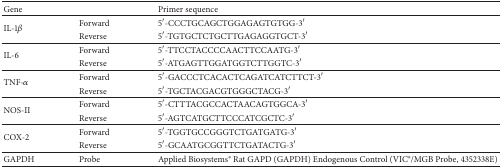
<table><thead><tr><td><b>Gene</b></td><td><b> </b></td><td><b>Primer sequence</b></td></tr></thead><tbody><tr><td rowspan="2">IL-1<i>β</i></td><td>Forward</td><td>5′-CCCTGCAGCTGGAGAGTGTGG-3′</td></tr><tr><td>Reverse</td><td>5′-TGTGCTCTGCTTGAGAGGTGCT-3′</td></tr><tr><td rowspan="2">IL-6</td><td>Forward</td><td>5′-TTCCTACCCCAACTTCCAATG-3′</td></tr><tr><td>Reverse</td><td>5′-ATGAGTTGGATGGTCTTGGTC-3′</td></tr><tr><td rowspan="2">TNF-<i>α</i></td><td>Forward</td><td>5′-GACCCTCACACTCAGATCATCTTCT-3′</td></tr><tr><td>Reverse</td><td>5′-TGCTACGACGTGGGCTACG-3′</td></tr><tr><td rowspan="2">NOS-II</td><td>Forward</td><td>5′-CTTTACGCCACTAACAGTGGCA-3′</td></tr><tr><td>Reverse</td><td>5′-AGTCATGCTTCCCATCGCTC-3′</td></tr><tr><td rowspan="2">COX-2</td><td>Forward</td><td>5′-TGGTGCCGGGTCTGATGATG-3′</td></tr><tr><td>Reverse</td><td>5′-GCAATGCGGTTCTGATACTG-3′</td></tr><tr><td>GAPDH</td><td>Probe</td><td>Applied Biosystems® Rat GAPD (GAPDH) Endogenous Control (VIC®/MGB Probe, 4352338E)</td></tr></tbody></table>